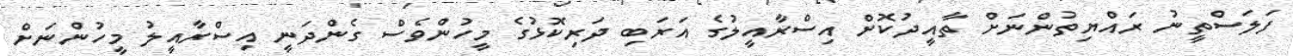
ފަލަސްތީނު ރައްޔިތުންނަށް ތާއީދުކޮށް އިސްރާއީލުގެ އަރަބި ދަރިކޮޅުގެ މީހުންވެސް ގެންދަނީ އިސްރާއީލު މީހުންނަށް